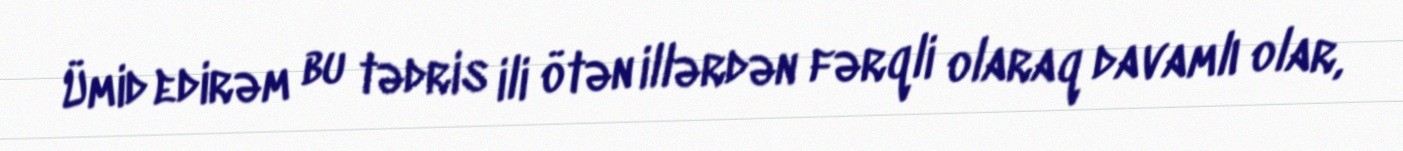
Ümid edirəm bu tədris ili ötən illərdən fərqli olaraq davamlı olar,